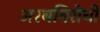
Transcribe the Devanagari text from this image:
अरबविरोधी